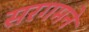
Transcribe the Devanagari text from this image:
सरगमने